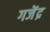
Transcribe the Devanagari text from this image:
गजॆंद्र